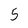
Character: 5